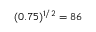
( 0 . 7 5 ) ^ { 1 / 2 } = 8 6 \